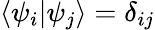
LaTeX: \langle\psi_{i}\vert\psi_{j}\rangle=\delta_{ij}